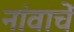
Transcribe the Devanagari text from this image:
नांवाचें